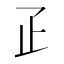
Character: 𤴔